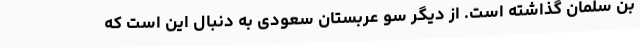
بن سلمان گذاشته است. از دیگر سو عربستان سعودی به دنبال این است که